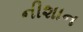
નીશાન